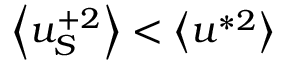
\left< u _ { S } ^ { + 2 } \right> < \left< u ^ { * 2 } \right>